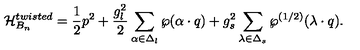
{ \cal H } _ { B _ { n } } ^ { t w i s t e d } = { \frac { 1 } { 2 } } p ^ { 2 } + { \frac { g _ { l } ^ { 2 } } { 2 } } \sum _ { \alpha \in \Delta _ { l } } \wp ( \alpha \cdot q ) + { g _ { s } ^ { 2 } } \sum _ { \lambda \in \Delta _ { s } } \wp ^ { ( 1 / 2 ) } ( \lambda \cdot q ) .